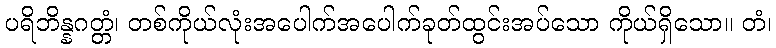
ပရိဘိန္နဂတ္တံ၊ တစ်ကိုယ်လုံးအပေါက်အပေါက်ခုတ်ထွင်းအပ်သော ကိုယ်ရှိသော။ တံ၊